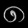
Digit: ၈